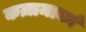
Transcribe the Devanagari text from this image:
कज़ामार्का